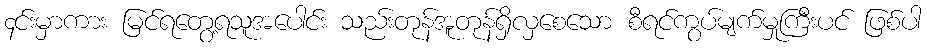
၄င်းမှာကား မြင်ရတွေ့ရသူအပေါင်း သည်းတုန်အူတုန်ရှိလှစေသော စီရင်ကွပ်မျက်မှုကြီးပင် ဖြစ်ပါ